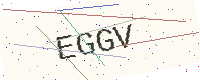
Text: EGGV